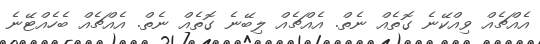
އެއްޗެއް ވިއްކޭނެ ގޮތެއް ނެތް. އެއްޗެއް ލިބޭނެ ގޮތެއް ނެތް. އެއްޗެއް ބެހެއްޓޭނެ